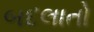
બદલાતો